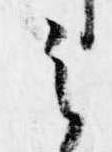
之